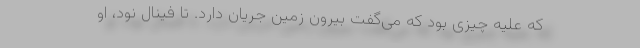
که علیه چیزی بود که می‌گفت بیرون زمین جریان دارد. تا فینال نود، او